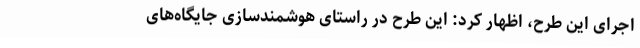
اجرای این طرح، اظهار کرد: این طرح در راستای هوشمندسازی جایگاه‌های